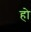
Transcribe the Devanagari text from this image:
होे